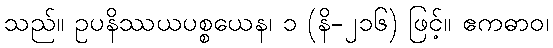
သည်။ ဥပနိဿယပစ္စယေန၊ ၁ (နိ-၂၁၆) ဖြင့်။ ဧကဓာဝ၊